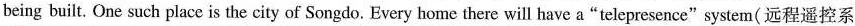
being built. One such place is the city of Songdo. Every home there will have a"telepresence"system( 远程遥控系